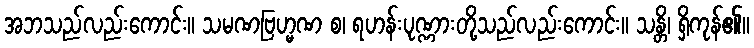
အဘသည်လည်းကောင်း။ သမဏဗြဟ္မဏ စ၊ ရဟန်းပုဏ္ဏားတို့သည်လည်းကောင်း။ သန္တိ၊ ရှိကုန်၏။